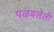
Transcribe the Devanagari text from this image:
पळवलेली